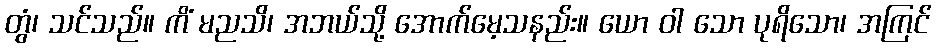
တွံ၊ သင်သည်။ ကိံ မညသိ၊ အဘယ်သို့ အောက်မေ့သနည်း။ ယော ဝါ သော ပုရိသော၊ အကြင်